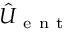
\hat { U } _ { \mathrm { ~ e ~ n ~ t ~ } }